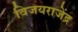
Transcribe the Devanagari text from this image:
विजयराजेंद्र